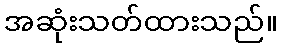
အဆုံးသတ်ထားသည်။